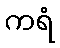
ကရံ